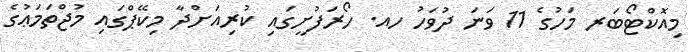
މިއޮކްޓޯބަރ މަހުގެ 11 ވަނަ ދުވަހު ހއ. ހޯރަފުށީގައި ކުރިއަށްދާ މިކޭޕްގައި މުޖްތަމަޢުގެ